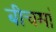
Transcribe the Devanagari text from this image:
बीचमां